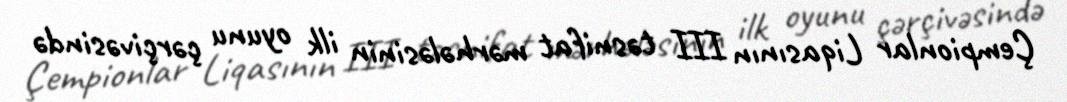
Çempionlar Liqasının III təsnifat mərhələsinin ilk oyunu çərçivəsində